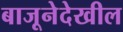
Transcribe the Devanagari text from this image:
बाजूनेदेखील